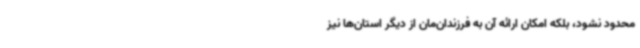
محدود نشود، بلکه امکان ارائه آن به فرزندان‌مان از دیگر استان‌ها نیز